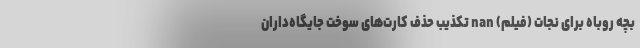
بچه روباه برای نجات (فیلم) nan تکذیب حذف کارت‌های سوخت جایگاه‌داران